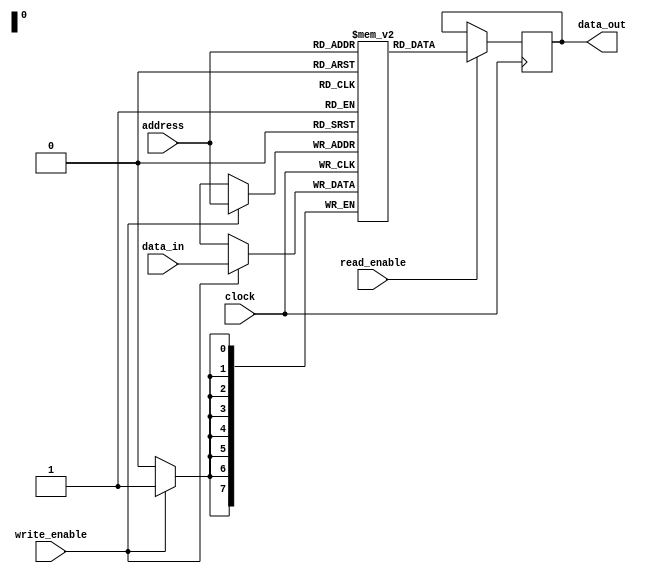
module RAM (
    input wire [7:0] address,
    input wire [7:0] data_in,
    input wire read_enable,
    input wire write_enable,
    input wire clock,
    output reg [7:0] data_out
);

reg [7:0] memory [0:255]; // Internal array to store data values at each memory address

always @(posedge clock) begin
    if (read_enable) begin
        data_out <= memory[address];
    end
    
    if (write_enable) begin
        memory[address] <= data_in;
    end
end

endmodule